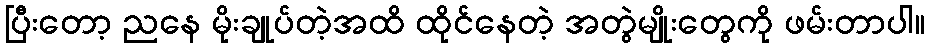
ပြီးတော့ ညနေ မိုးချုပ်တဲ့အထိ ထိုင်နေတဲ့ အတွဲမျိုးတွေကို ဖမ်းတာပါ။